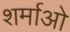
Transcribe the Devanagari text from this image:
शर्माओ